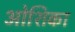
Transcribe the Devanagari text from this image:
ओशिका